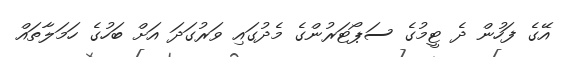
އޭގެ ފަހުން ދެ ޓީމުގެ ސަޕޯޓަރުންގެ މެދުގައި ވަރުގަދަ އަށް ބަހުގެ ހަމަލާތައް